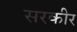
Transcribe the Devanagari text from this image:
सरकीर